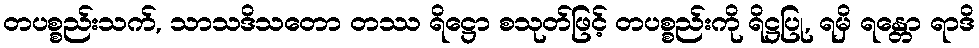
တပစ္စည်းသက်, သာသဒိသတော တဿ ရိဋ္ဌော စသုတ်ဖြင့် တပစ္စည်းကို ရိဋ္ဌပြု, ရမှိ ရန္တော ရာဒိ